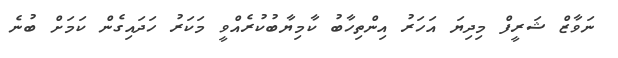
ނަވާޒް ޝަރީފް މިދިޔަ އަހަރު އިންތިހާބު ކާމިޔާބުކުރެއްވީ މަކަރު ހަދައިގެން ކަމަށް ބުނެ